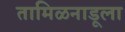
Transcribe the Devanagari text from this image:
तामिळनाडूला